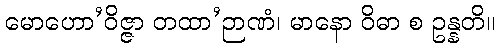
မောဟော’ဝိဇ္ဇာ တထာ’ဉာဏံ၊ မာနော ဝိဓာ စ ဥန္နတိ။